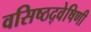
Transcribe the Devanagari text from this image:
वसिष्ठद्वेषिणी